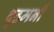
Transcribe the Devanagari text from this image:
दृढमनीं